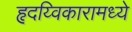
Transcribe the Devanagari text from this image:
हृदय्विकारामध्ये